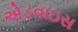
એડવાઇસ